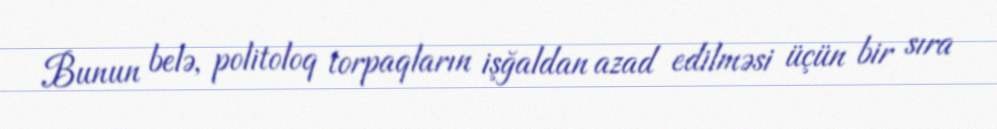
Bunun belə, politoloq torpaqların işğaldan azad edilməsi üçün bir sıra